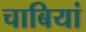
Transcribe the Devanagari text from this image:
चाबियां